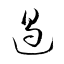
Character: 遏